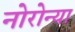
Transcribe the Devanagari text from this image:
नोरोन्या